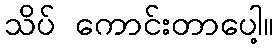
သိပ် ကောင်းတာပေါ့။